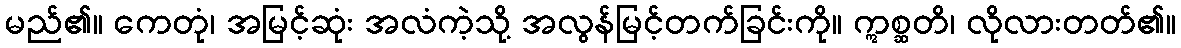
မည်၏။ ကေတုံ၊ အမြင့်ဆုံး အလံကဲ့သို့ အလွန်မြင့်တက်ခြင်းကို။ ဣစ္ဆတိ၊ လိုလားတတ်၏။